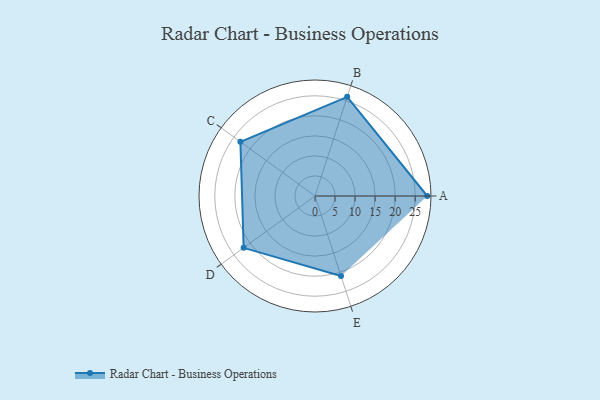
{"axis": {"x": "Skill", "y": "Score"}, "legend": ["Profile"], "data": [{"x": "A", "y": 28.0, "type": "Profile"}, {"x": "B", "y": 26.0, "type": "Profile"}, {"x": "C", "y": 23.0, "type": "Profile"}, {"x": "D", "y": 22.0, "type": "Profile"}, {"x": "E", "y": 21.0, "type": "Profile"}]}